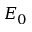
E _ { 0 }